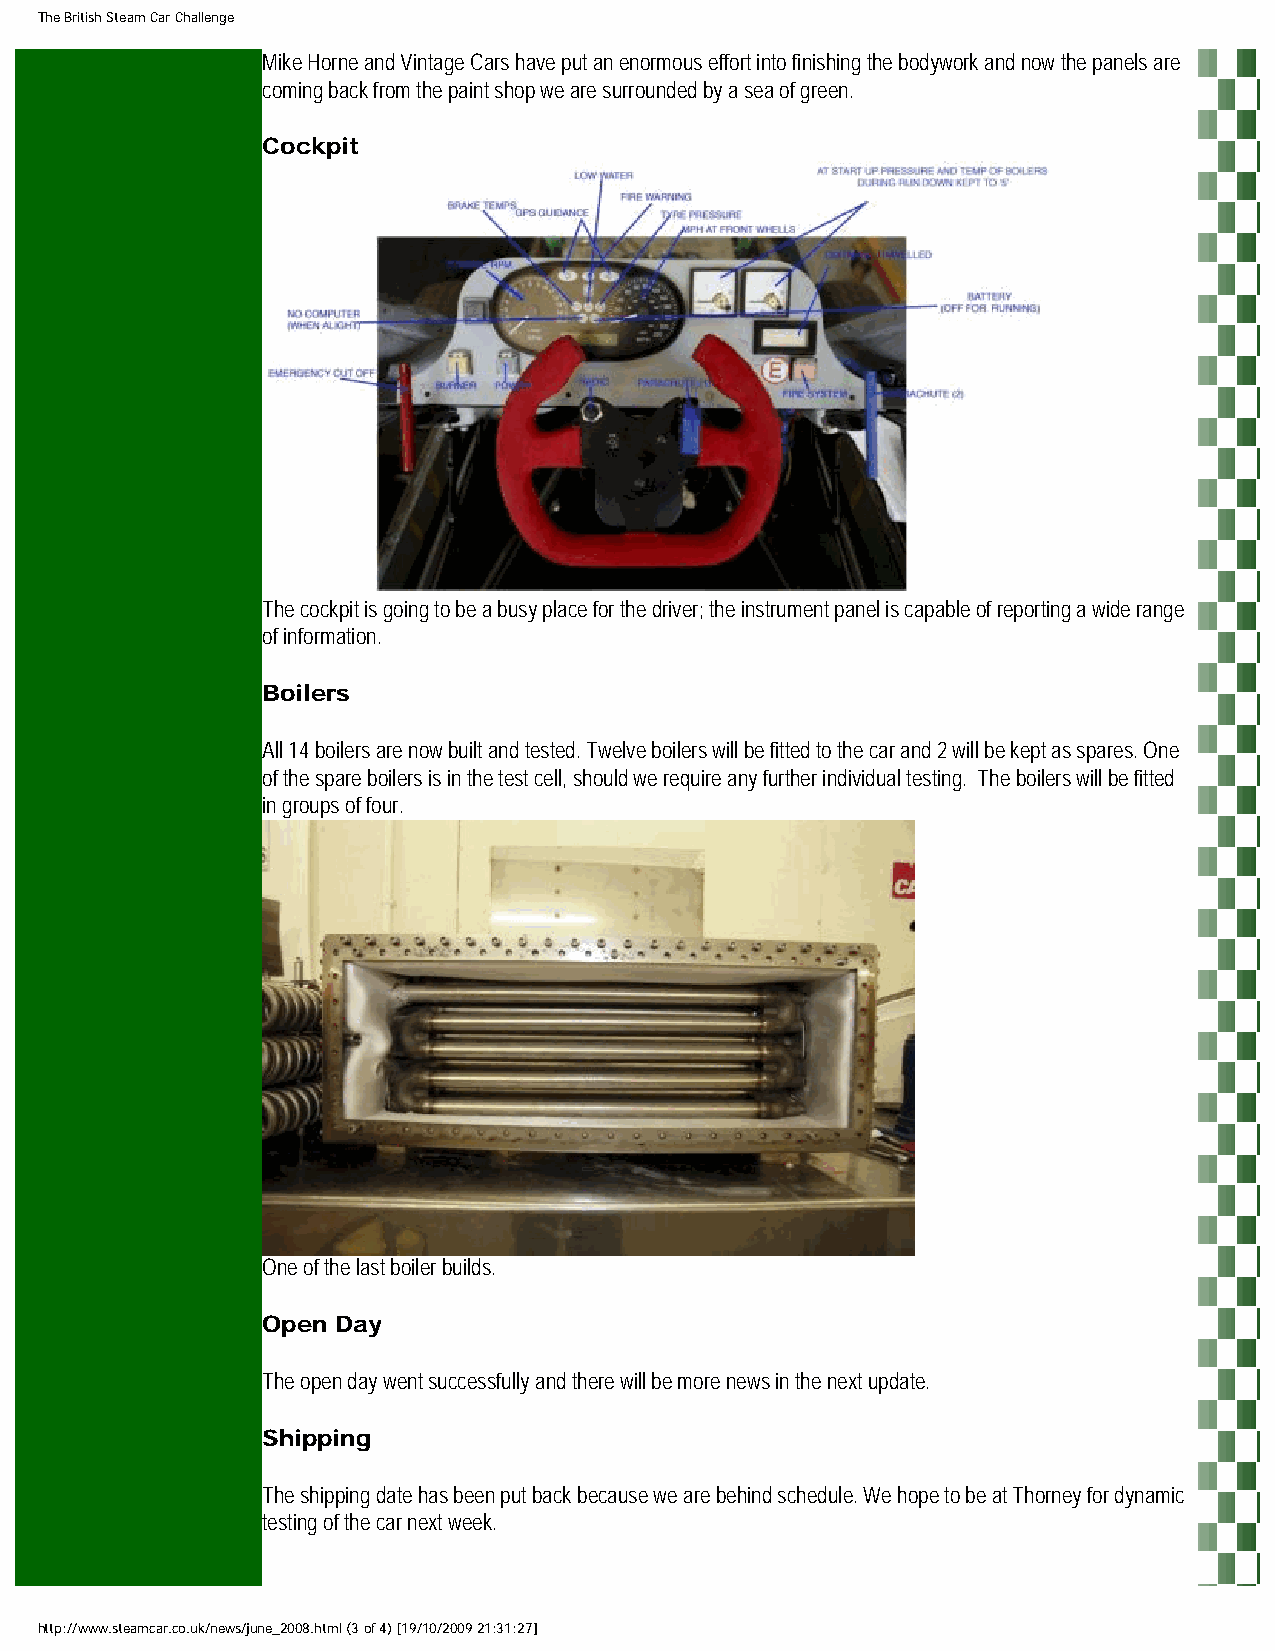
The British Steam Car Challenge
 Mike Horne and Vintage Cars have put an enormous effort into finishing the bodywork and now the panels are
 coming back from the paint shop we are surrounded by a sea of green.
 Cockpit
 The cockpit is going to be a busy place for the driver; the instrument panel is capable of reporting a wide range
 of information.
 Boilers
 All 14 boilers are now built and tested. Twelve boilers will be fitted to the car and 2 will be kept as spares. One
 of the spare boilers is in the test cell, should we require any further individual testing. The boilers will be fitted
 in groups of four.
 One of the last boiler builds.
 Open Day
 The open day went successfully and there will be more news in the next update.
 Shipping
 The shipping date has been put back because we are behind schedule. We hope to be at Thorney for dynamic
 testing of the car next week.
 http://www.steamcar.co.uk/news/june_2008.html (3 of 4) [19/10/2009 21:31:27]